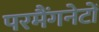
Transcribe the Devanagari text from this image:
परमैंगनेटों